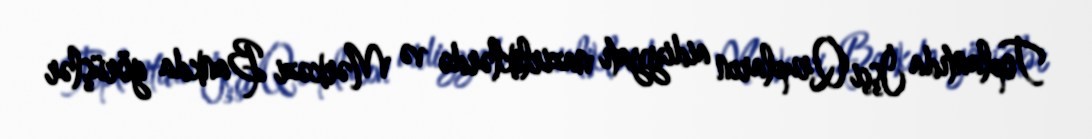
Toplantıda İşçi Qrupların aidiyyatı nazirliklərdə və Mərkəzi Bankda görüşlər